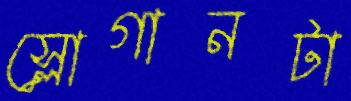
স্লোগানটা